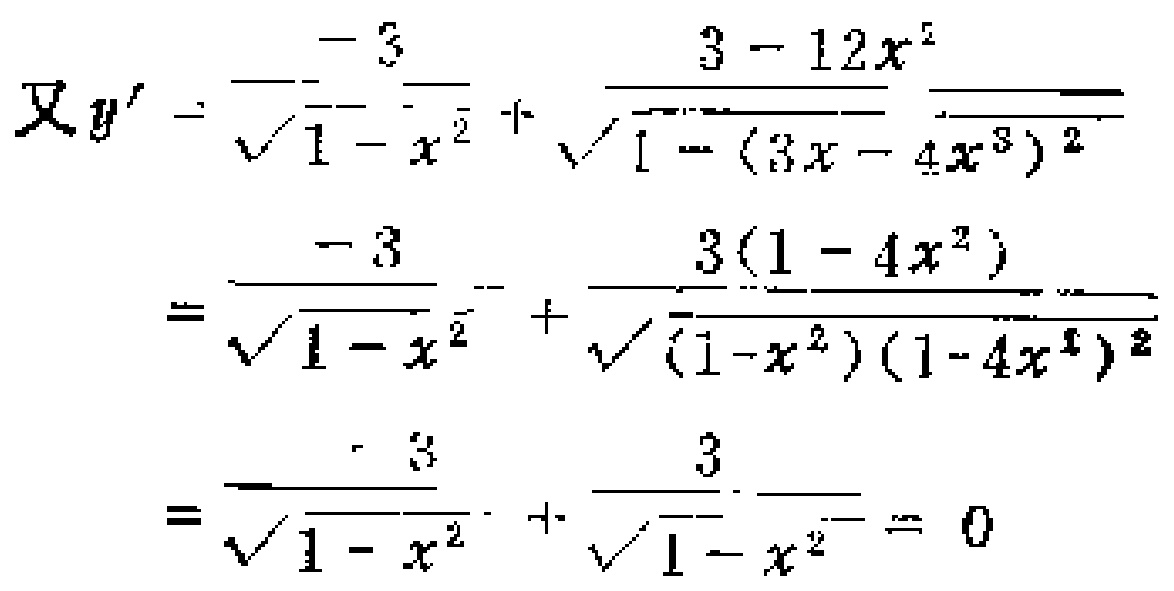
\[
\begin{align*}
\text{又}y'&=\frac{-3}{\sqrt{1 - x^{2}}}+\frac{3 - 12x^{2}}{\sqrt{1-(3x - 4x^{3})^{2}}}\\
&=\frac{-3}{\sqrt{1 - x^{2}}}+\frac{3(1 - 4x^{2})}{\sqrt{(1 - x^{2})(1 - 4x^{2})^{2}}}\\
&=\frac{-3}{\sqrt{1 - x^{2}}}+\frac{3}{\sqrt{1 - x^{2}}}=0
\end{align*}
\]